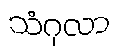
သံဂုလာ